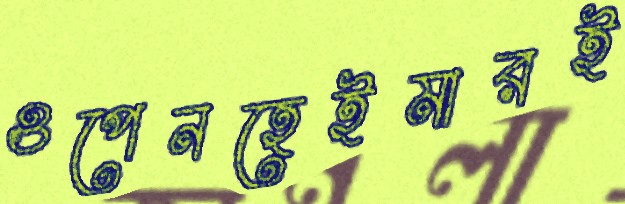
ওপেনহেইমারই